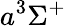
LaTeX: a^{3}\Sigma^{+}